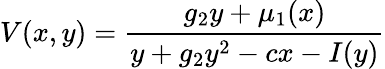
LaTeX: V(x,y)=\frac{g_{2}y+\mu_{1}(x)}{y+g_{2}y^{2}-cx-I(y)}